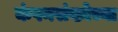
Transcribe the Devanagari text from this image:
कंपनसंख्येच्या